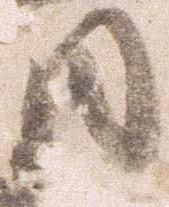
日